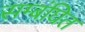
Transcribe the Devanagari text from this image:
सम्बंघित